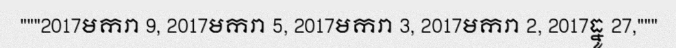
"""2017មករា 9, 2017មករា 5, 2017មករា 3, 2017មករា 2, 2017ធ្នូ 27,"""